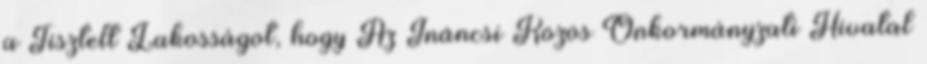
a Tisztelt Lakosságot, hogy Az Ináncsi Közös Önkormányzati Hivatal